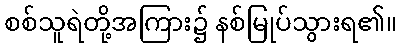
စစ်သူရဲတို့အကြား၌ နစ်မြုပ်သွားရ၏။